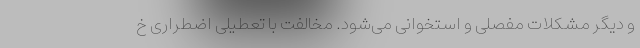
و دیگر مشکلات مفصلی و استخوانی می‌شود. مخالفت با تعطیلی اضطراری خ